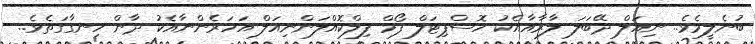
ބުނެލީމެވެ.. ނިއަލް ދޭބަލަ ލާރާއާއެކު ހޮސްޕިޓަލް ފޯމް ފިލްކޮއްލަންނިއަލް އަހަރެންނާއެކު ދާން ހިނގާގަތެވެ..